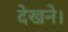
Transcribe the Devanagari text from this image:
देखने।